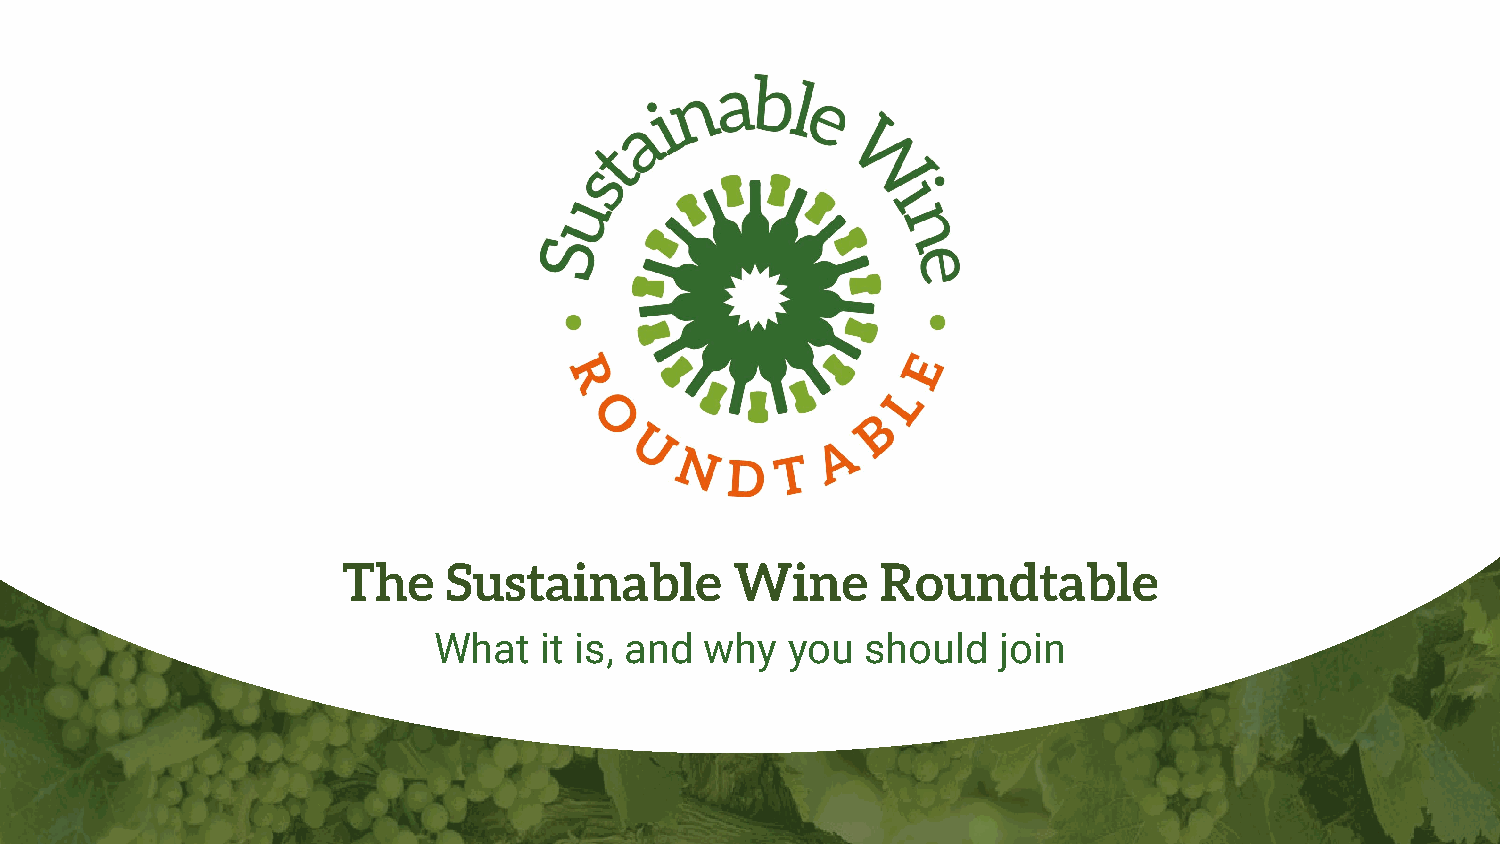
The    Sustainable        Wine     Roundtable
 What   it is, and why  you  should   join